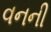
વનની